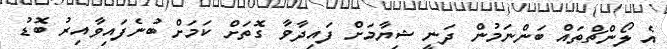
އެ ލޯންޗްތައް ބަންނަމުން ދަނީ ޝިޔާމަށް ފައިދާވާ ގޮތަށް ކަމަށް ބުނެފައިވާއިރު ބޮޑު